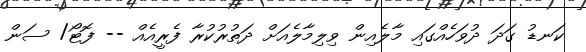
ކަނޑު ގަދަ ދުވަހެއްގައި މާލެއިން ވިލިމާލެއަށް ދަތުރުކުރާ ފެރީއެއް -- ފޮޓޯ/ ސަން